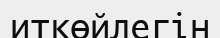
иткөйлегін